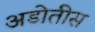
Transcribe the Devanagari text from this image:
अडोतीस